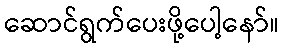
ဆောင်ရွက်ပေးဖို့ပေါ့နော်။